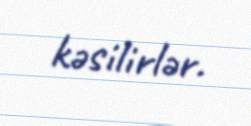
kəsilirlər.